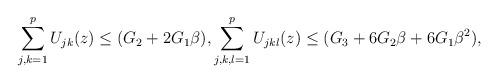
LaTeX: \begin{align*}\sum^{p}_{j,k=1}U_{jk}(z)\leq (G_2+2G_1\beta),\sum^{p}_{j,k,l=1}U_{jkl}(z)\leq (G_3+6G_2\beta+6G_1\beta^2),\end{align*}